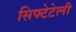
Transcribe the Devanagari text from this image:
सिफ्टेटेली